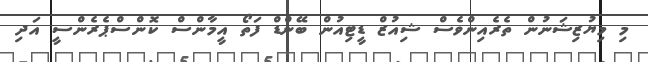
މި މިޔުޒިޝަނުން ތެރެއިންވެސް ޝިއުޒް ޑީޓިއުން ބޭންޑް ފަތޯ އީމާންސް ކޮންސްޕެރެންސީ އަދި